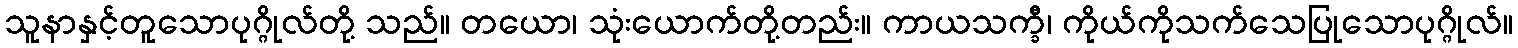
သူနာနှင့်တူသောပုဂ္ဂိုလ်တို့ သည်။ တယော၊ သုံးယောက်တို့တည်း။ ကာယသက္ခီ၊ ကိုယ်ကိုသက်သေပြုသောပုဂ္ဂိုလ်။